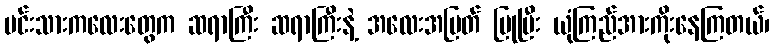
မင်းသားကလေးတွေက ဆရာကြီး ဆရာကြီးနဲ့ အလေးအမြတ် ပြုပြီး ယုံကြည်အားကိုးနေကြတယ်၊